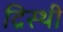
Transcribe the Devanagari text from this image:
द्रिस्थी